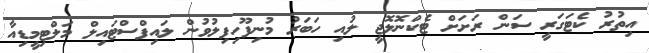
އިތުރު ކެޓަގަރީ ސަން ރަށަށް ޓެކްނޮލޮޖީ ލުއި ހަބަރު މުނިފޫހިފިލުވުން ލައިފްސްޓައިލް މަލްޓިމީޑިއާ